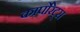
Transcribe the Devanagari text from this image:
कार्पोरेट्स